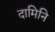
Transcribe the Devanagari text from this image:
दामिनि